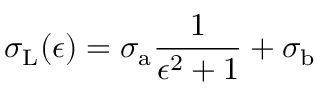
\sigma _ { \mathrm { L } } ( \epsilon ) = \sigma _ { \mathrm { a } } \frac { 1 } { \epsilon ^ { 2 } + 1 } + \sigma _ { \mathrm { b } }